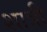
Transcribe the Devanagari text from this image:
शात्री